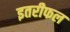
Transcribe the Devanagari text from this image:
इतरीफल